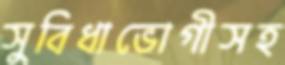
সুবিধাভোগীসহ